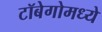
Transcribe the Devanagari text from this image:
टॉबेगोमध्ये